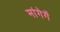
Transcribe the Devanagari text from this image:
मांगेगें